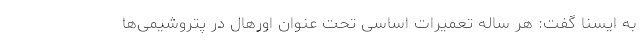
به ایسنا گفت: هر ساله تعمیرات اساسی تحت عنوان اورهال در پتروشیمی‌ها